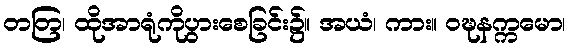
တတြ၊ ထိုအာရုံကိုပွားစေခြင်း၌။ အယံ၊ ကား။ ဝဍ္ဎနက္ကမော၊